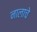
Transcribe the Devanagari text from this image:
नालाचे